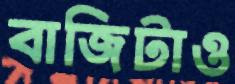
বাজিটাও